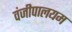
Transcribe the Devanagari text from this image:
वंजीपालयम